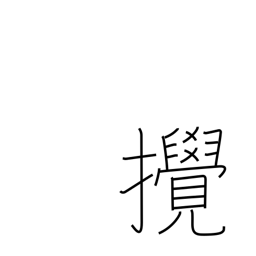
Meaning: disturb